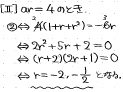
\[
\begin{align*}
(Ⅱ)\ ax& = 4(x - c)\\
&\Leftrightarrow ax=4x - 4c\\
&\Leftrightarrow (a - 4)x+4c = 0\\
&\Leftrightarrow 2(x + 2c)+2c = 0\\
&\Leftrightarrow 2x+4c+2c = 0\\
&\Leftrightarrow 2x+6c = 0\\
&\Leftrightarrow x=-3c
\end{align*}
\]